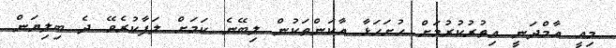
މިއީ އާމްދަނީ އިތުރުކުރުމަށް ހުށަހަޅާ އާކަންތަކުން ލިބޭނެ ކަމަށް ލަފާކުރެވޭ ދެ ބިލިޔަން